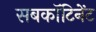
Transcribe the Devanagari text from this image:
सबकॉटिनेंट